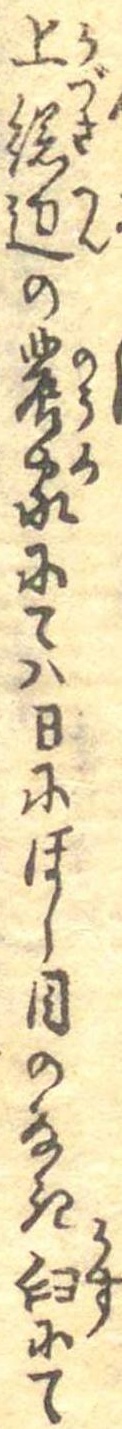
上総辺の農家にては日にほし目のなき臼にて